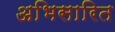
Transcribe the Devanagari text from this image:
अभिसारित